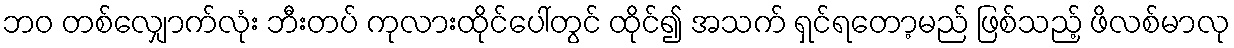
ဘဝ တစ်လျှောက်လုံး ဘီးတပ် ကုလားထိုင်ပေါ်တွင် ထိုင်၍ အသက် ရှင်ရတော့မည် ဖြစ်သည့် ဖိလစ်မာလု